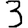
Digit: 3